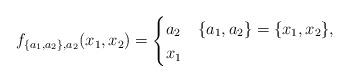
LaTeX: \begin{align*}f_{\{a_1,a_2\},a_2}(x_1,x_2)=\begin{cases}a_2 & \{a_1,a_2\}=\{x_1,x_2\},\\x_1 & \end{cases}\end{align*}